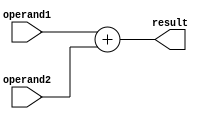
module fixed_point_addition (
    input signed [31:0] operand1,
    input signed [31:0] operand2,
    output reg signed [31:0] result
);

    always @* begin
        result = operand1 + operand2;
    end

endmodule